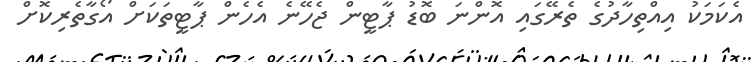
އެކަމަކު އިއްތިހާދުގެ ތެރޭގައި އޮންނަ ބޮޑު ޕާޓީން ޖެހޭނެ އެހެން ޕާޓީތަކަށް އޯގާތެރިކޮށް